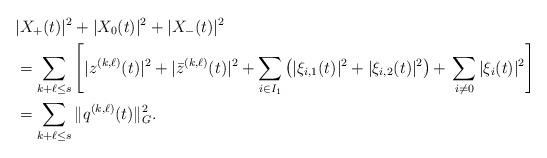
LaTeX: \begin{align*}&|X_+(t)|^2+|X_0(t)|^2+|X_-(t)|^2\\&=\sum_{k+\ell\leq s}\left[ |z^{(k,\ell)}(t)|^2+|\bar{z}^{(k,\ell)}(t)|^2+\sum_{i\in I_1}\left(|\xi_{i,1}(t)|^2+|\xi_{i,2}(t)|^2 \right)+\right.\left.\sum_{i\neq 0}|\xi_i(t)|^2 \right]\\&= \sum_{k+\ell\leq s} \| q^{(k,\ell)}(t) \|^2_G. \end{align*}